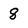
Character: 8